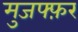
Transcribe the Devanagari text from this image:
मुजफ्फ़र